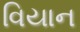
વિયાન